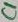
Text: C1